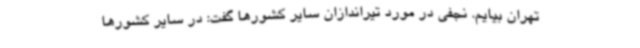
تهران بیایم. نجفی در مورد تیراندازان سایر کشورها گفت: در سایر کشورها